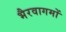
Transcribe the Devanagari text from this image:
भैरवागमों